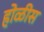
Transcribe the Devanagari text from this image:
होळीस